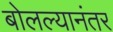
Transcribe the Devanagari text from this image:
बोलल्यानंतर